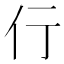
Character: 𬽣